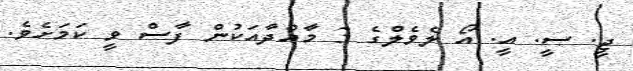
ޖީ. ސީ. އީ. އޯ ލެވެލްގެ 3 މާއްދާއަކުން ފާސް ވީ ކަމަށެވެ.